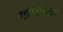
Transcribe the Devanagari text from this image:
शोषितो